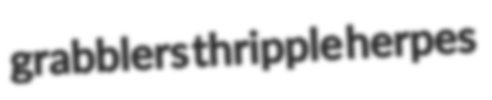
grabblers thripple herpes